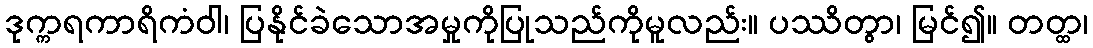
ဒုက္ကရကာရိကံဝါ၊ ပြနိုင်ခဲသောအမှုကိုပြုသည်ကိုမူလည်း။ ပဿိတွာ၊ မြင်၍။ တတ္ထ၊